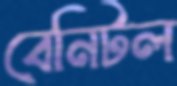
বেনিটল